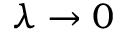
\lambda \to 0